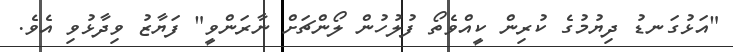
"އަޅުގަނޑު ދިޔުމުގެ ކުރިން ކީއްވެތޯ ފުލުހުން ލޯންޗަށް ނާރަންވީ" ފަޔާޒު ވިދާޅުވި އެވެ.